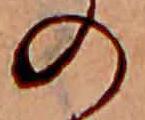
の